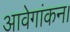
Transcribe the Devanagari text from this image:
आवेगांकन।